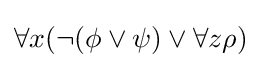
\forall x(\neg (\phi \lor \psi )\lor \forall z\rho )